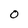
Character: 0